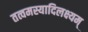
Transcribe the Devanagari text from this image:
तत्वमस्यादिलक्ष्यम्‌